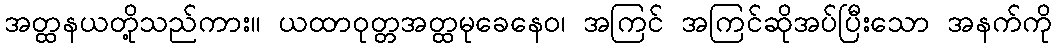
အတ္ထနယတို့သည်ကား။ ယထာဝုတ္တအတ္ထမုခေနေဝ၊ အကြင် အကြင်ဆိုအပ်ပြီးသော အနက်ကို